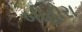
બીહોરા